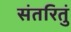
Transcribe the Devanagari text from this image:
संतरितुं